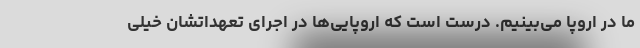
ما در اروپا می‌بینیم. درست است که اروپایی‌ها در اجرای تعهداتشان خیلی